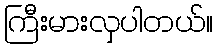
ကြီးမားလှပါတယ်။